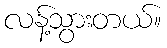
လန့်သွားတယ်။